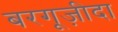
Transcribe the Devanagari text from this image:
बरगूज़ीदा